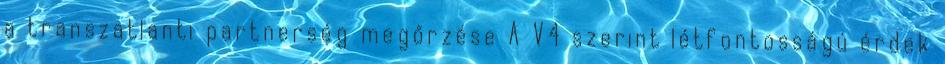
a transzatlanti partnerség megőrzése A V4 szerint létfontosságú érdek